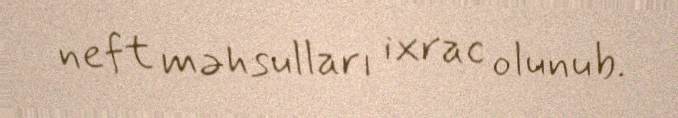
neft məhsulları ixrac olunub.